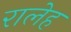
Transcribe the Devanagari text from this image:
रालेह